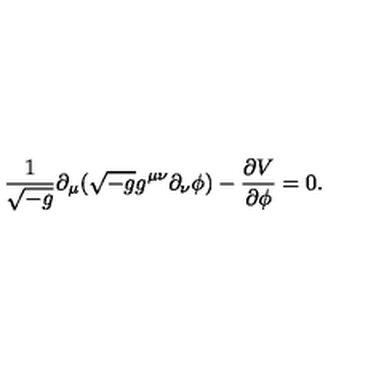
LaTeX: \frac { 1 } { \sqrt { - g } } \partial _ { \mu } ( \sqrt { - g } g ^ { \mu \nu } \partial _ { \nu } \phi ) - \frac { \partial V } { \partial \phi } = 0 .